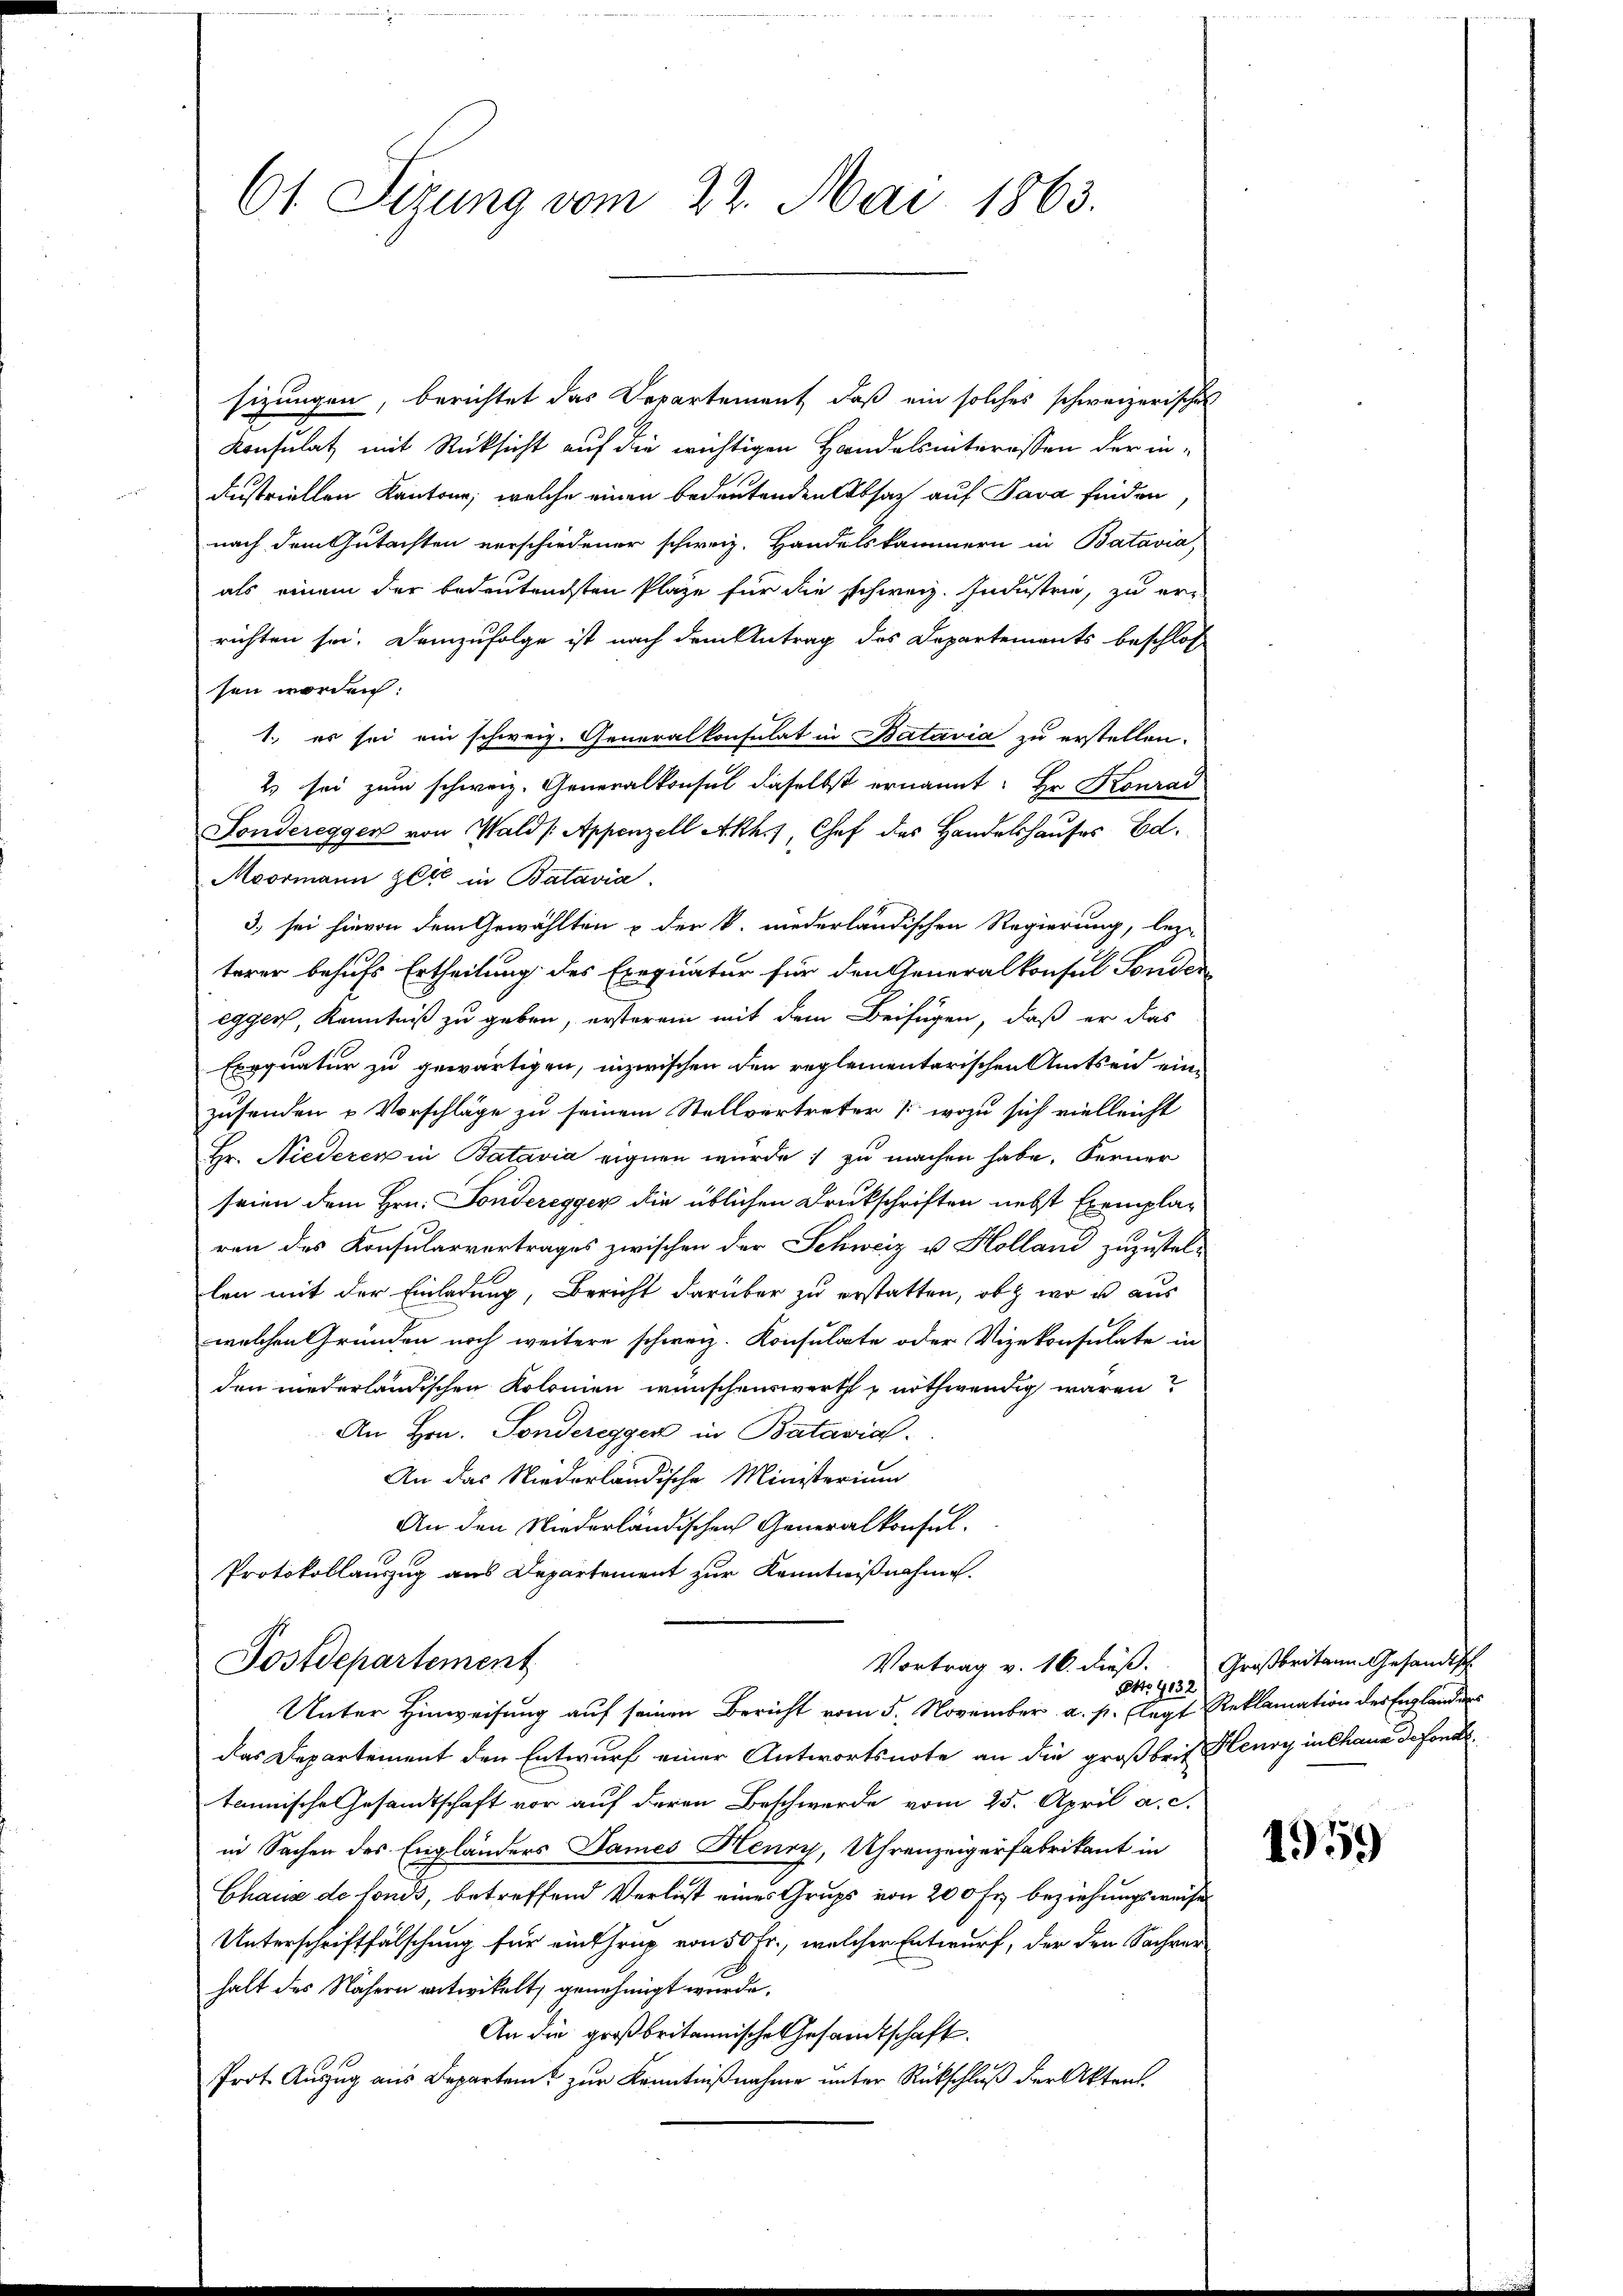
61. Sizung vom 22. Mai 1863.

sizungen, berichtet das Departement, daß ein solches schweizerisches
Konsulat mit Rücksicht auf die wichtigen Handelsinteressen der industriellen Kantone, welche einen bedeutenden Absatz auf Java finden
nach dem Gutachten verschiedener schweiz. Handelskammern in Batavia,
als einem der bedeutendsten Plaze für die schweiz. Industrie, zu er-
richten sei. Demzufolge ist nach dem Antrag des Departements beschlos
sen worden:
1., es sei ein schweiz. Generalkonsulat in Batavia zu erstellen.
2 sei zum schweiz. Generalkonsul daselbst ernannt: Hr. Konrad
Fondereggen von Wald /: Appenzell Akh.7, Chef des Handelshauses Ed.
Moormann zeit in Batavia
3. sei hievon dem Gewählten & der k. niederländischen Regierung, beze
terer behufs Ertheilung des Exequatur für den Generalkonsul Fonder
egger, Kenntniß zu geben, ersterem mit dem Beifügen, daß er das
Exequatur zu gewärtigen, inzwischen den reglementarischen Amtsen einzusenden u Vorschläge zu seinem Stellvertreter / wozu sich vielleicht
Hr. Niederen in Batavia eignen würde; zu machen habe. Ferner
seien dem Hrn. Sonderegger die üblichen Druckschriften nebst Exemplaren des Konsularvortrages zwischen der Schweiz u. Holland zuzustel-
len mit der Einladung, Bericht darüber zu erstatten, ob wo es aus
welchen Gründen noch weitere schweiz. Konsulate oder Vizekonsulate in
den niederländischen Kolonien wünschenswerth & nothwendig wären?
An Hrn. Sonderegger in Batavial¬
An das Niederländische Ministerium
An den Niederländischen Generalkonfel
Protokollauszug aus Departement zur Kenntnißnahme.

das Departement den Entwurf einer Antwortsnote an die großbrit Henry in Chaus de fonct
tannische Gesandtschaft vor auf deren Beschwerde vom 25. April a. c.
in Sachen des Engländers Dames Henry, Uhrenzeigerfabrikant in
Chaus de fonds, betreffend Verlust eines Grups von 200 fr. beziehungsweise
Unterschriftfälschung für einthrip von 50 Fr., welcher Entwurf, der den Sachver
halt des Nähern entwickelt, genehmigt wurde.
An die großbritannische Gesandtschaft.
Prot. Auszug aus Departen zur Kenntnißnahme unter Rückschluß der Akten.

Postdepartement
Vortrag v. 16. dieß: Großbritann Gesandtisch
Petto 1132
Unter Hinweisung auf seinen Bericht vom 5. November a. p. legt Reklamation der Englanden

1959